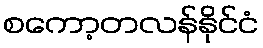
စကော့တလန်နိုင်ငံ